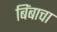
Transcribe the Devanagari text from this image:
बिंबाचा